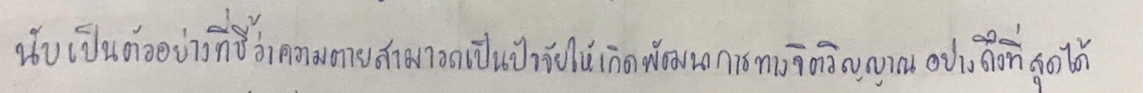
นับเป็นตัวอย่างที่ชี้ว่าความตายสามารถเป็นปัจจัยให้เกิดพัฒนาการทางจิตวิญญาณอย่างถึงที่สุดได้